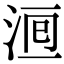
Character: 𣵨